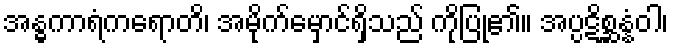
အန္ဓကာရံကရောတိ၊ အမိုက်မှောင်ရှိသည် ကိုပြု၏။ အပ္ပဋိစ္ဆန္နံဝါ၊